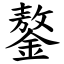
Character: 鏊